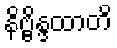
နိဗ္ဗိန္ဒထာတိ